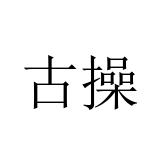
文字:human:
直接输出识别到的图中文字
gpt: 古操